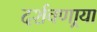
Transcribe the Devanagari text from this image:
दर्शवणार्‍या